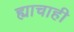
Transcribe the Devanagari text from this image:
ह्याचाही